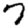
Digit: 7